Report on the Nagpur School of Medicine, Central Provinces
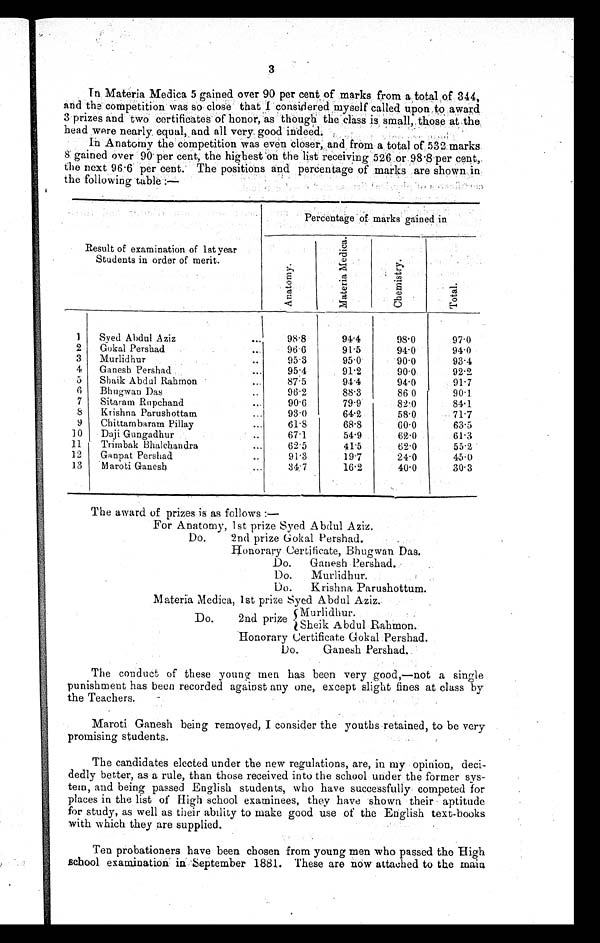
3
In, Materia Medica 5 gained over 90 per cent of marks from a total of 344,
and the competition was so close that I considered myself called upon to award
3 prizes and two certificates of honor, as though the class is small, those at the
head were nearly equal, and all very, good indeed.
In Anatomy the competition was even closer, and from a total of 532 marks
8 gained over 90 per cent, the highest on the list receiving 526 or 98 . 8 per cent,
the next 96 . 6 per cent. The positions and percentage of marks are shown in
the following table :—
Result of examination of 1st year
Students in order of merit.
Percentage of marks gained in
A n a t o m y .
M a t e r i a M e d i c a l
_
C h e m i s t r y .
T o t a l .
1
Syed Abdul Aziz
...
98.8
94.4
98.0
97.0
2
Gokal Pershad
9 6 . 6
91.5
94.0
94.0
3
Murlidhur
..
95.3
95.0
90.0
93.4
4
Ganesh Pershad
...
9 5 . 4
91.2
90.0
92.2
5
Shaik Abdul Rahmon
...
87.5
9 4 . 4 94.0
91.7
6
Bhugwan Das
..
9 6 . 2
88.3
86.0
90.1
7
Sitaram Rupchand
90.6
79.9
82.0
84.1
8
Krishna Parushottam
...
93.0
64.2
58.0
71.7
9
Chittambaram Pillay
...
61.8
6 8 . 8 60.0
63.5
10
Daji Gungadhur
..
67.1
54.9 .
62.0
61.3
11
Trimbak Bhalchandra
...
62.5
41.5
62.0
55.2
12
Ganpat Pershad
..
91.3
19.7
24.0
45.0
13
Maroti Ganesh
...
34.7
16.2
40.0
30.3
The award of prizes is as follows :-
For Anatomy, 1st prize Syed Abdul Aziz.
Do.
2nd prize Gokal Pershad.
Honorary Certificate, Bhugwan Das.
Do.
Ganesh Pershad.
.
Do.
Murlidhur.
Do.
Krishna Parushottum.
Materia Medica, 1st prize Syed Abdul Aziz.
Murlidhur.
Do.
2nd prize
Sheik Abdul Rahmon.
Honorary Certificate Gokal Pershad.
Do.
Ganesh Pershad.
The conduct of these young men has been very good,— not a single
punishment has been recorded against any one, except slight fines at class by
the Teachers.
Maroti Ganesh being removed, I consider the youths retained, to be very
promising students.
The candidates elected under the new regulations, are, in my opinion, deci-
-dedly better, as a rule, than those received into the school under the former sys-
- t e m , a n d b e i n g p a s s e d E n g l i s h s t u d e n t s , w h o h a v e s u c c e s s f u l l y c o m p e t e d f o r
places in the list of High school examinees, they have shown their aptitude
for study, as well as their ability to make good use of the English text-books
with which they are supplied.
Ten probationers have been chosen from young men who passed the High
school examination in . September 1881. These are now attached to the main